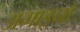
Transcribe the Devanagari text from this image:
अमाइनों